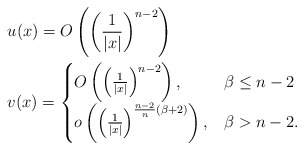
\begin{align*} &u(x)=O \left( \left(\frac{1}{|x|}\right)^{n-2} \right)\\ &v(x)= \begin{cases} O \left( \left(\frac{1}{|x|}\right)^{n-2} \right), &\beta\leq n-2\\ o\left( \left(\frac{1}{|x|}\right)^{\frac{n-2}{n}(\beta+2)} \right), &\beta>n-2. \end{cases} \end{align*}